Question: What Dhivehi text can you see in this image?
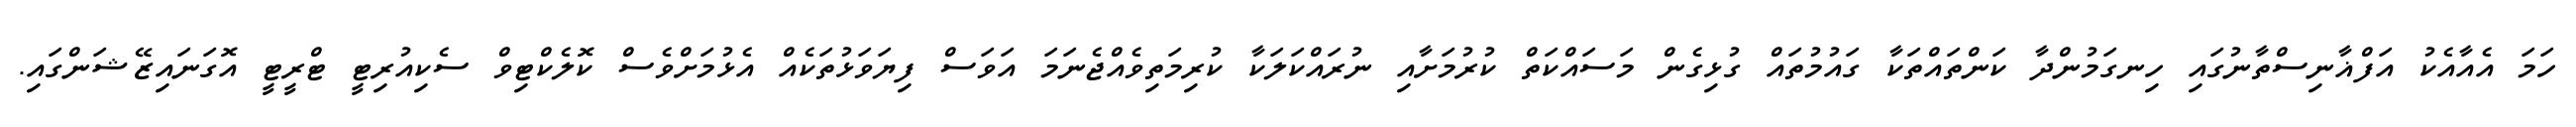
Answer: ހަމަ އެއާއެކު އަފްޣާނިސްތާނުގައި ހިނގަމުންދާ ކަންތައްތަކާ ގައުމުތައް ގުޅިގެން މަސައްކަތް ކުރުމަށާއި ނުރައްކަލަކާ ކުރިމަތިވެއްޖެނަމަ އަވަސް ފިޔަވަޅުތަކެއް އެޅުމަށްވެސް ކޮލެކްޓިވް ސެކިއުރިޓީ ޓްރީޓީ އޮގަނައިޒޭޝަންގައި.